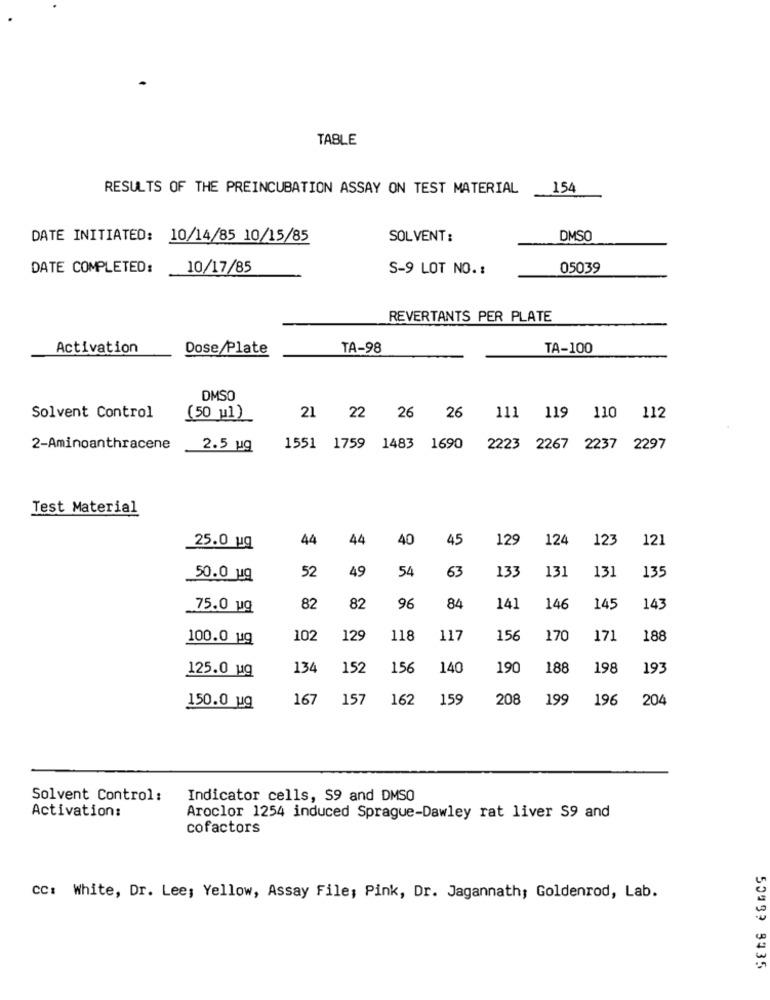
TABLE
RESULTS OF THE PREINCUBATION ASSAY ON TEST MATERIAL
154
DATE INITIATED: 10/14/85 10/15/85
SOLVENT:
DMSO
DATE COMPLETED:
10/17/85
S-9 LOT NO. :
05039
REVERTANTS PER PLATE
Activation
Dose/Plate
TA-98
TA-100
DMSO
Solvent Control
(50 H1)
21 22 26 26
111 119 110 112
2-Aminoanthracene
2.5 ug
1551 1759 1483 1690
2223 2267 2237 2297
Test Material
44
44
40
45
129
124
123
121
25.0 ug
52
49
54
63
133
131
131
135
50.0 ug
75.0 uq
82
82
96
84
141
146
145
143
100.0 19
102
129
118
117
15€
170
171
188
125.0 ug
134
152
156
140
190
188
198
193
167
157
162
159
208
199
196
204
150.0 ug
Solvent Control :
Indicator cells, S9 and DMSO
Activation:
Aroclor 1254 induced Sprague-Dawley rat liver S9 and
cofactors
CC: White, Dr. Lee; Yellow, Assay File; Pink, Dr. Jagannath; Goldenrod, Lab.
50999 3435